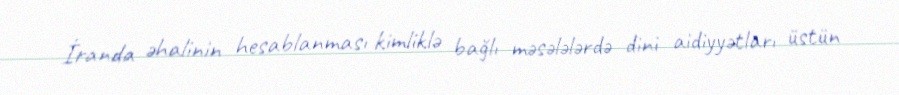
İranda əhalinin hesablanması kimliklə bağlı məsələlərdə dini aidiyyətları üstün